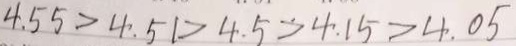
4 . 5 5 > 4 . 5 1 > 4 . 5 > 4 . 1 5 > 4 . 0 5